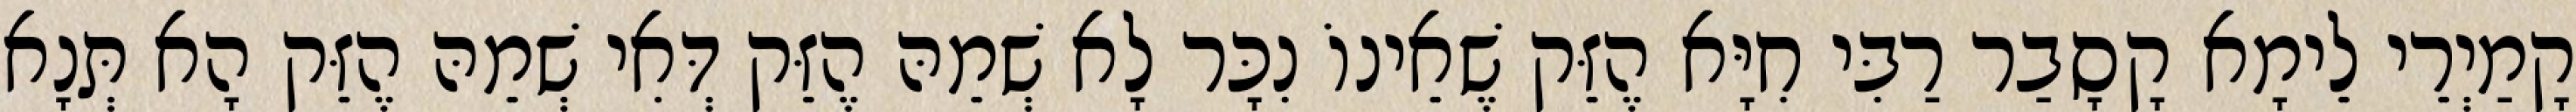
קָמַיְרֵי לֵימָא קָסָבַר רַבִּי חִיָּא הֶזֵּק שֶׁאֵינוֹ נִכָּר לָא שְׁמֵהּ הֶזֵּק דְּאִי שְׁמֵהּ הֶזֵּק הָא תְּנָא